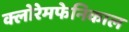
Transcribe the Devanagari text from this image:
क्लोरेमफेनिकाल